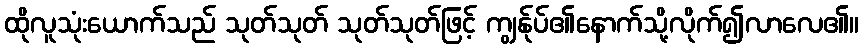
ထိုလူသုံးယောက်သည် သုတ်သုတ် သုတ်သုတ်ဖြင့် ကျွန်ုပ်၏နောက်သို့လိုက်၍လာလေ၏။